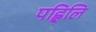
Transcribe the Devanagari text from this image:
पह्लिलि